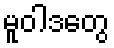
မူဝါဒတွေ